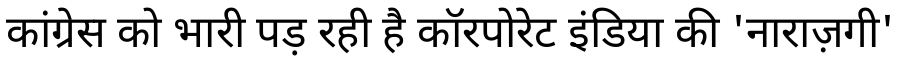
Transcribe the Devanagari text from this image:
कांग्रेस को भारी पड़ रही है कॉरपोरेट इंडिया की 'नाराज़गी'